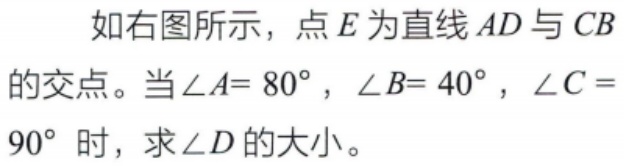
如右图所示，点\(E\)为直线\(AD\)与\(CB\)的交点。当\(\angle A = 80^{\circ}\)，\(\angle B = 40^{\circ}\)，\(\angle C = 90^{\circ}\)时，求\(\angle D\)的大小。